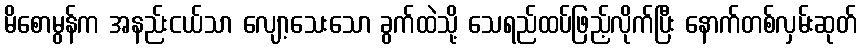
မိစောမွန်က အနည်းငယ်သာ လျော့သေးသော ခွက်ထဲသို့ သေရည်ထပ်ဖြည့်လိုက်ပြီး နောက်တစ်လှမ်းဆုတ်